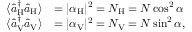
\begin{array} { r l } { \langle \hat { a } _ { \mathrm { H } } ^ { \dagger } \hat { a } _ { \mathrm { H } } \rangle } & { = | \alpha _ { \mathrm { H } } | ^ { 2 } = N _ { \mathrm { H } } = N \cos ^ { 2 } \alpha } \\ { \langle \hat { a } _ { \mathrm { V } } ^ { \dagger } \hat { a } _ { \mathrm { V } } \rangle } & { = | \alpha _ { \mathrm { V } } | ^ { 2 } = N _ { \mathrm { V } } = N \sin ^ { 2 } \alpha , } \end{array}